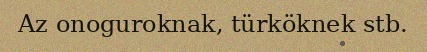
Az onoguroknak, türköknek stb.